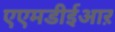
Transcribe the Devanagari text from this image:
एएमडीईआऱ